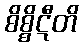
စိစ္စိဋီတိ